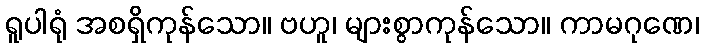
ရူပါရုံ အစရှိကုန်သော။ ဗဟူ၊ များစွာကုန်သော။ ကာမဂုဏေ၊